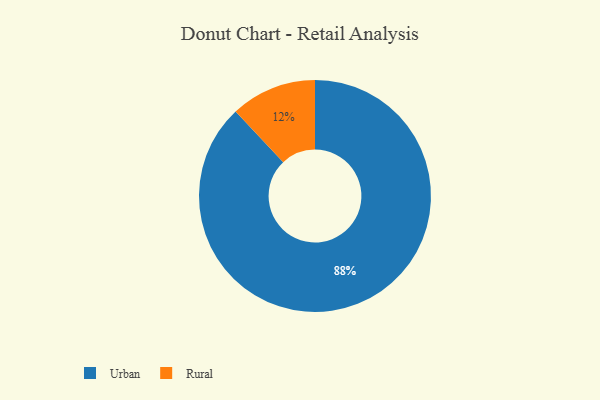
{"axis": {"x": "Category", "y": "Percentage"}, "legend": ["Rural", "Urban"], "data": [{"x": "Rural", "y": 12, "type": "Rural"}, {"x": "Urban", "y": 88, "type": "Urban"}]}